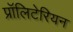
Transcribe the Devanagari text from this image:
प्रॉलिटेरियन